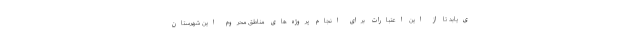
ی‌یابد تا از این اعتبارات برای انجام پروژه‌های مناطق محروم این شهرستان